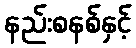
နည်းစနစ်နှင့်